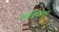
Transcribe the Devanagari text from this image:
आर्ख़िपेलाग